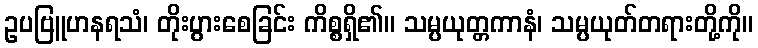
ဥပဗြူဟနရသံ၊ တိုးပွားစေခြင်း ကိစ္စရှိ၏။ သမ္ပယုတ္တကာနံ၊ သမ္ပယုတ်တရားတို့ကို။